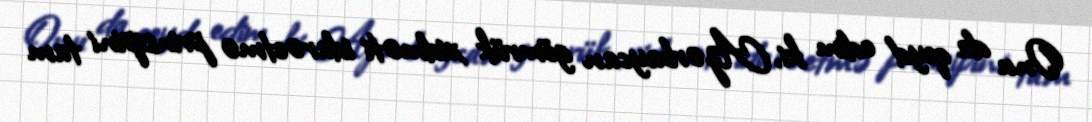
Onu da qeyd edim ki, Azərbaycan gömrük xidməti idarəetmə prinsipini tam